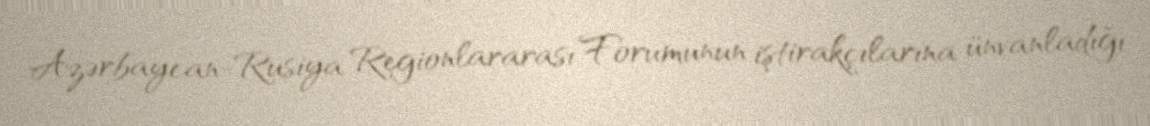
Azərbaycan-Rusiya Regionlararası Forumunun iştirakçılarına ünvanladığı